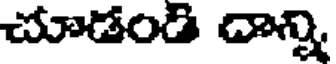
చూడండి దాన్ని,